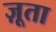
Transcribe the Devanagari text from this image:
ज़ूता